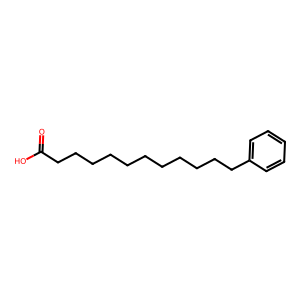
SMILES: O=C(O)CCCCCCCCCCCc1ccccc1
Inhibits HIV replication: No